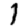
Digit: 1